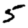
Digit: 5